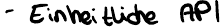
- Einheitliche API